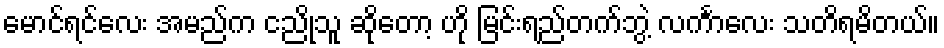
မောင်ရင်လေး အမည်က ငညိုသူ ဆိုတော့ ဟို မြင်းရည်တက်ဘွဲ့ လင်္ကာလေး သတိရမိတယ်။